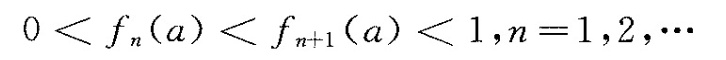
0< f_{n}(a)<f_{n+1}(a)<1，n=1，2，\cdots